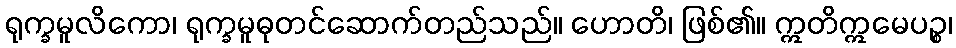
ရုက္ခမူလိကော၊ ရုက္ခမူဓုတင်ဆောက်တည်သည်။ ဟောတိ၊ ဖြစ်၏။ ဣတိဣမေပဉ္စ၊